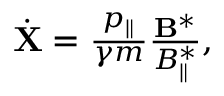
\begin{array} { r } { \dot { { \bf X } } = \frac { p _ { \| } } { \gamma m } \frac { { \bf B } ^ { * } } { B _ { \| } ^ { * } } , } \end{array}